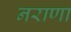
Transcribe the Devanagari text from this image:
नराणा